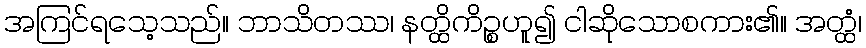
အကြင်ရသေ့သည်။ ဘာသိတဿ၊ နတ္ထိကိဉ္စဟူ၍ ငါဆိုသောစကား၏။ အတ္ထံ၊